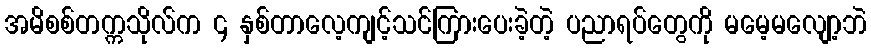
အမိစစ်တက္ကသိုလ်က ၄ နှစ်တာလေ့ကျင့်သင်ကြားပေးခဲ့တဲ့ ပညာရပ်တွေကို မမေ့မလျော့ဘဲ